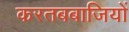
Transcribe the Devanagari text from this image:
करतबबाजियों